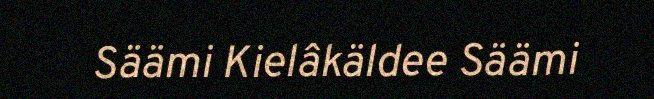
Säämi Kielâkäldee Säämi